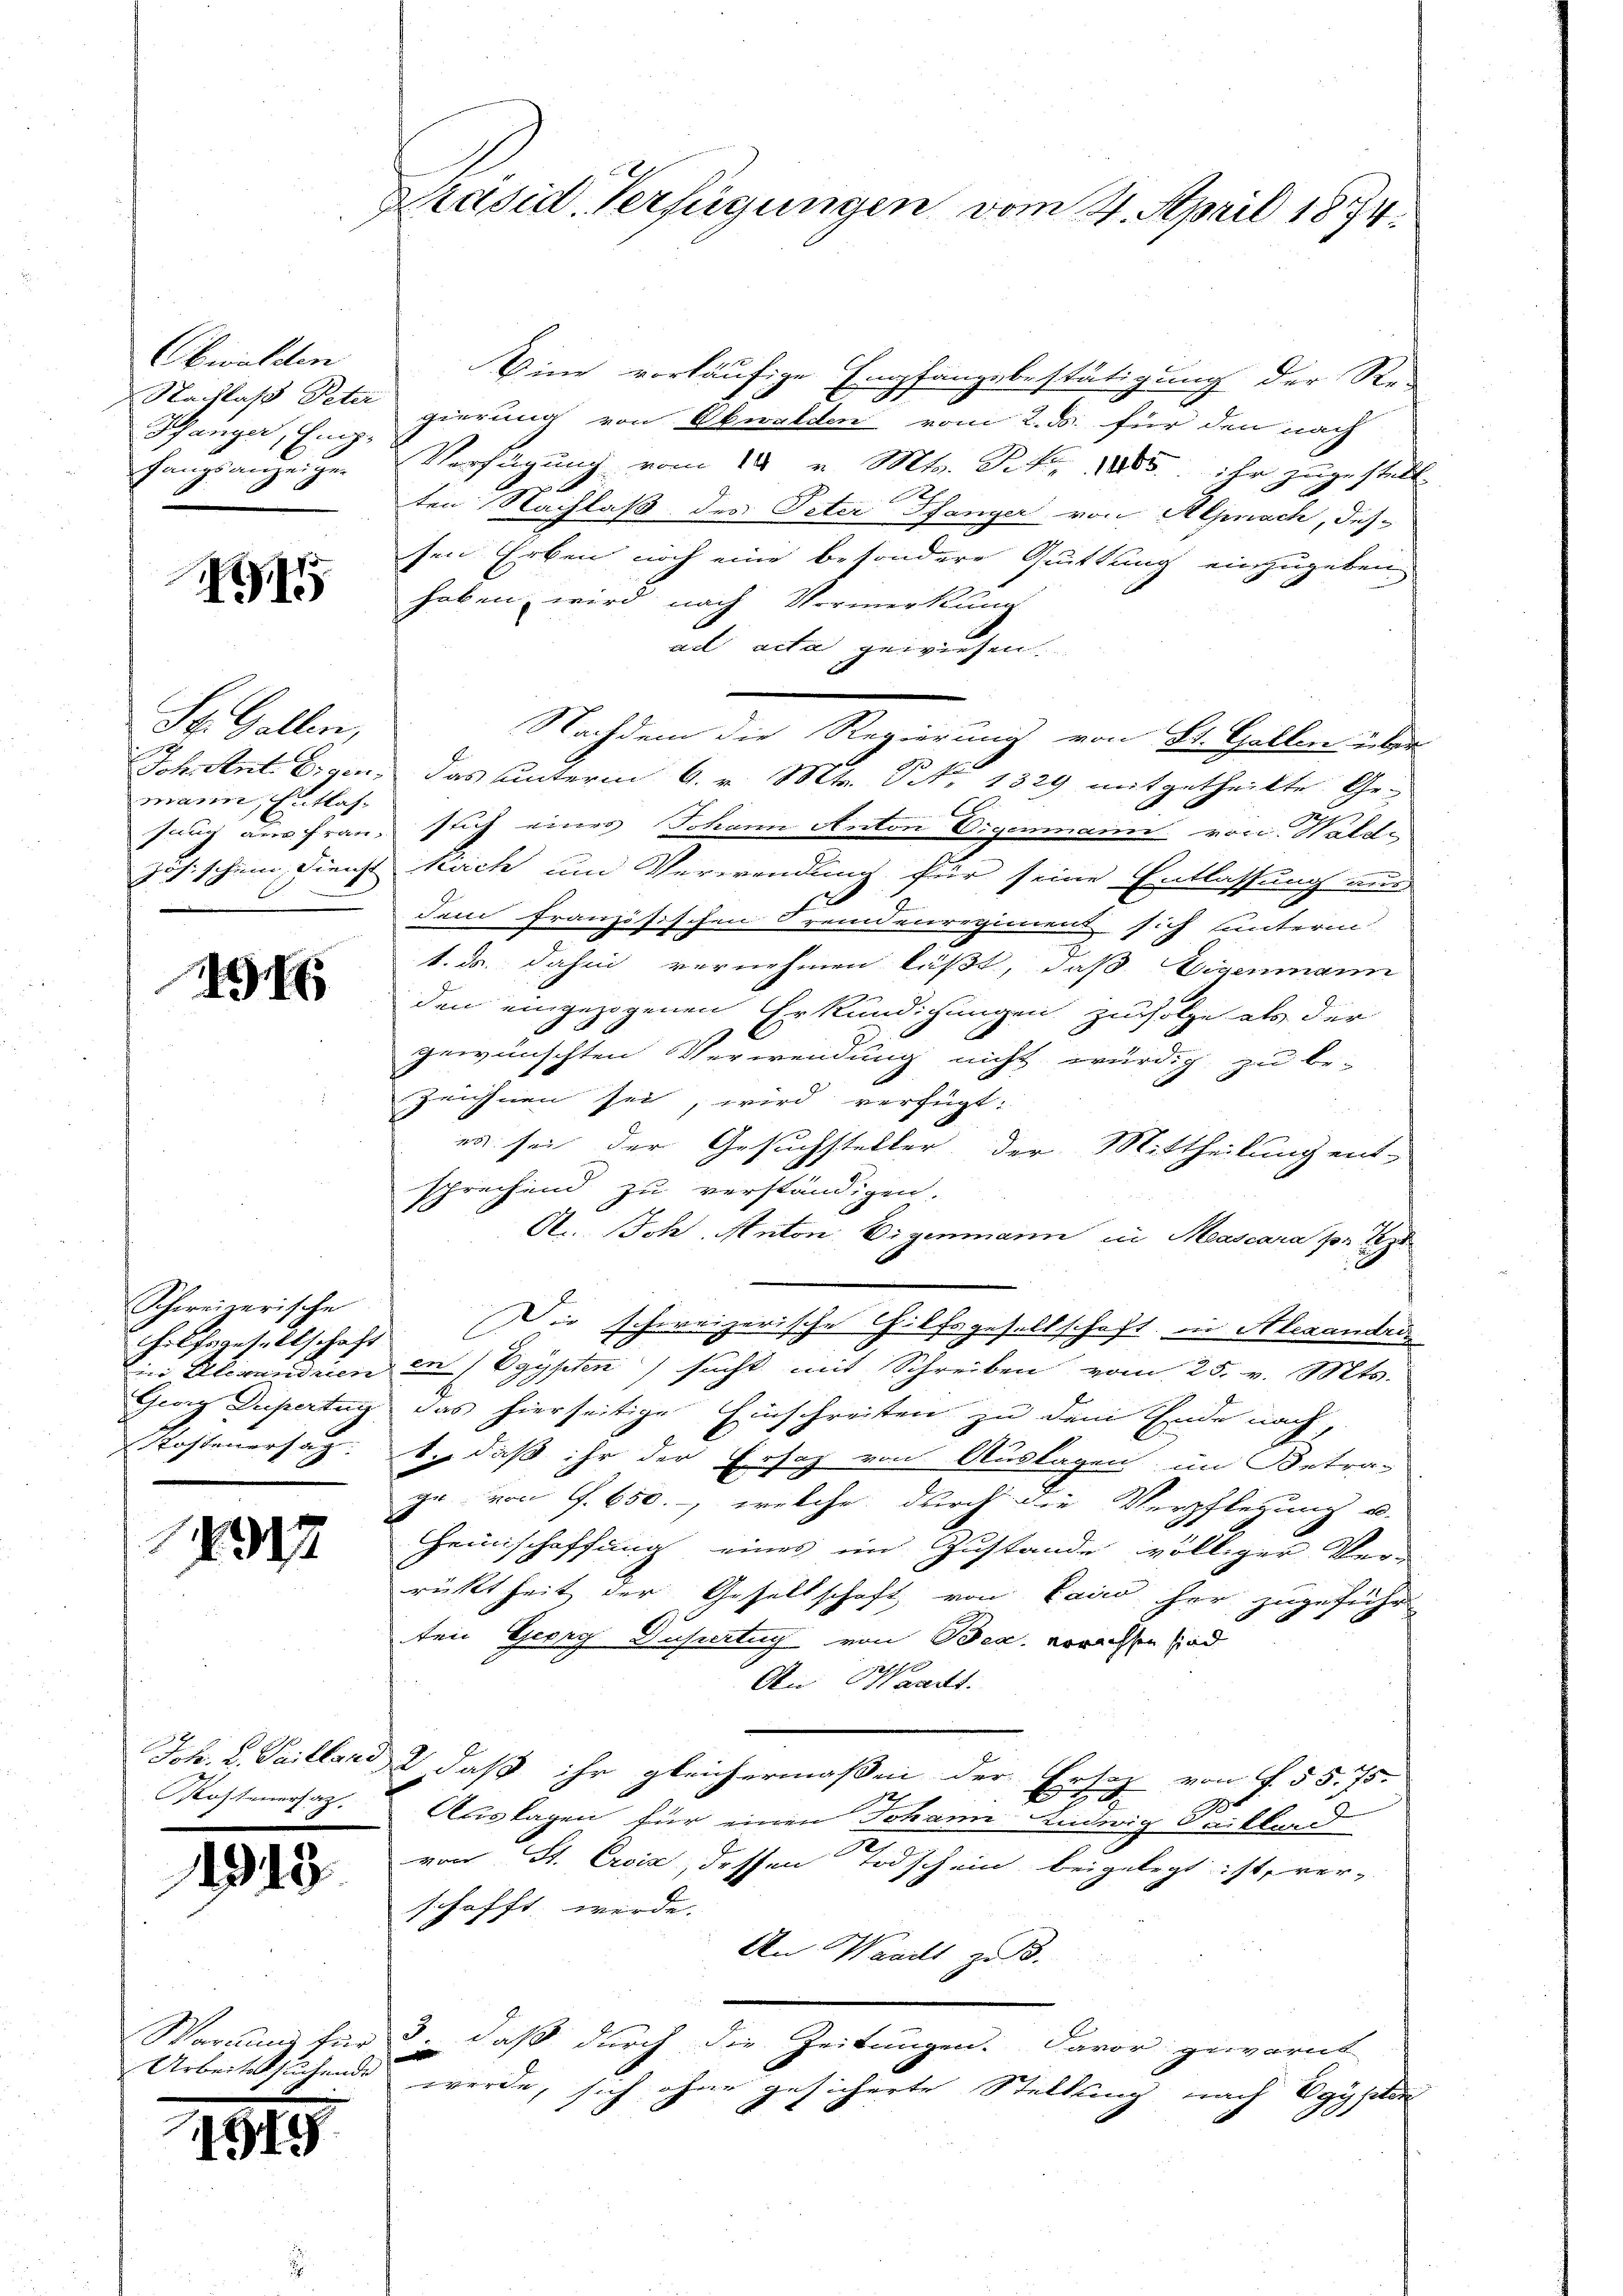
Obwalden
Nachlaß Peter
Hanger, Empfangsanzeigen

91

St. Gallen,
Joh. Ant. Eigen,
mann, Entlas
sung der Frau,
ösischen Dienst

49

Schweizerische
Hilfsgesellschaft
in Alexanden
Georg Depertun
Kostenersatz.

1317

Joh. v. Pailland
Kosteneraz.

1943.

Wariums für
Arbeitersuchende

49.

4

Präsid. Verfügungen vom 4. April 1874.

Eine vorläufige Empfangsbestätigung der Re-
gierung von Obwalden vom 2. ds. für den nach
Verfügung vom 14. v. Mts. S. 1883. Er zugestellt.
ten Nachlaß des Peter Hanger von Alpnach, des
sen Erben noch eine besondere Quittung einzugeben.
haben wird nach Vormerkung
ad acta gewiesen
Nachdem die Regierung von St. Gallen über
das unterm 9. v. Mts. S. 1329 mitgetheilte Ge-
slich eines Johann Anton Eigenmann von Walde
kach um Verwendung für seine Entlassung aus
dem französischen Fremdenregiment sich unterm
1. ds. dahin vernehmen läßt, daß Eigenmann
den eingezogenen Erkundigungen zufolge als der
2
gewünschten Verwendung nicht würdig zu be-
Zeichnen sei, wird verfügt:
es sei der Gesuchsteller, der Mittheilung ent-
sprechend zu verständigen.
A. Joh. Anton Eigenmann in Mascara pr 189
Die schweizerische Hilfsgesellschaft, in Alexandri
er/Vgypten sucht mit Schreiben vom 25. v. Mts.
das hierseitige Einschreiten zu dem Ende nach,
be, daß ihr der Ersatz von Auslagen, im Betra-
ge von S. 650.- welche durch die Verpflegung u.
Heimschaffung eines im Zustande völliger Ver-
rücktheit der Gesellschaft von Cairo her zugeführ
ten Georg Dusiertug von Bea, verachten sind
An Waadt.
2, daß ihr gleichermaßen der Ersatz von f. 55. 75.
Auslagen für einen Johann Ludwig Saitland
von St. Croix, dessen Todschein beigelegt ist, ver-
schafft werde.
An Waadt zu 3.
e
3. daß durch die Zeitungen. Davor gewarnt
werde, sich ohne gesicherte Stellung nach Vgysilie
t